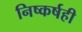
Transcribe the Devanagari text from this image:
निष्कर्षही